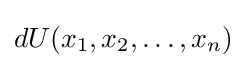
dU(x_{1},x_{2},\ldots ,x_{n})